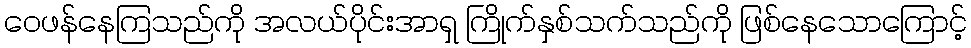
ဝေဖန်နေကြသည်ကို အလယ်ပိုင်းအာရှ ကြိုက်နှစ်သက်သည်ကို ဖြစ်နေသောကြောင့်